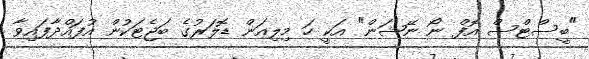
"ބީސްޓްސް އޮފް ނޯ ނޭޝަން" އަކީ ހަ މިލިއަން ޑޮލަރުގެ ބަޖެޓަކުން އުފައްދާފައިވާ